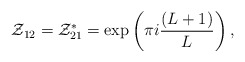
\begin{align*}{\cal Z}_{12} = {\cal Z}_{21}^{*} = \exp \left(\pi i\frac{(L+1)}{L}\right),\end{align*}